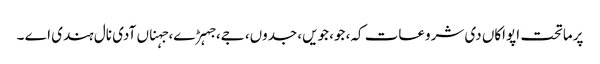
پرماتحت اپواکاں دی شروعات کہ، جو، جویں، جدوں، جے، جہڑے، جہناں آدی نال ہندی اے ۔